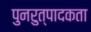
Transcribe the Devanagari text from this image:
पुनरुत्पादकता